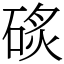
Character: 䂹